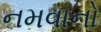
નમવાનો